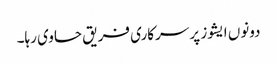
دونوں ایشوز پر سرکاری فریق حاوی رہا۔